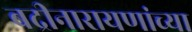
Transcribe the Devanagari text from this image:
बद्रीनारायणांच्या